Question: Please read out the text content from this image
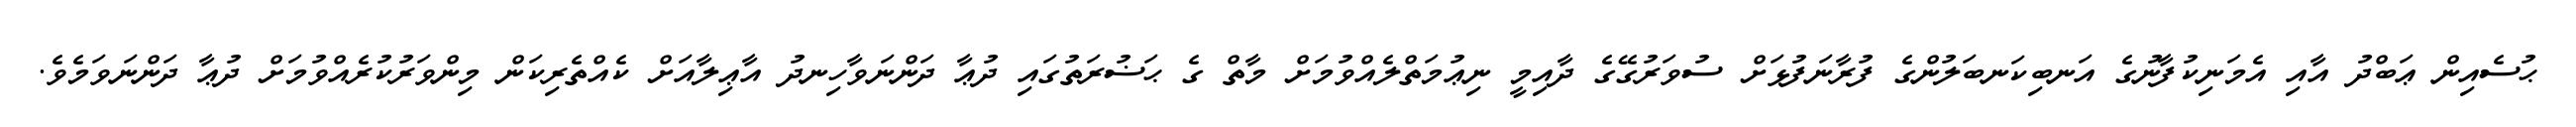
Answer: ޙުސެއިން ޢަބްދު އާއި އެމަނިކުފާނުގެ އަނބިކަނބަލުންގެ ފުރާނަފުޅަށް ސުވަރުގޭގެ ދާއިމީ ނިޢުމަތްލެއްވުމަށް މާތް ގެ ޙަޟުރަތުގައި ދުޢާ ދަންނަވާހިނދު އާޢިލާއަށް ކެއްތެރިކަން މިންވަރުކުރެއްވުމަށް ދުޢާ ދަންނަވަމެވެ.